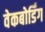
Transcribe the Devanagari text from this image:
वेकबोर्डिंग